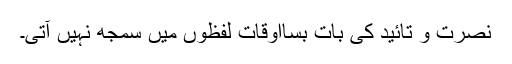
نصرت و تائید کی بات بسااوقات لفظوں میں سمجھ نہیں آتی۔